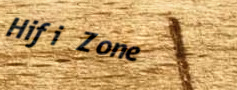
Hifi Zone